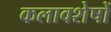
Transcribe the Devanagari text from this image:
कलावशेषों